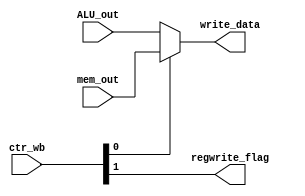
`timescale 1ns / 1ps
//////////////////////////////////////////////////////////////////////////////////
// Company: 
// Engineer: 
// 
// Design Name: 
// Module Name: writeback
// Project Name: 
// Target Devices: 
// Tool Versions: 
// Description: 
// 
// Dependencies: 
// 
// Revision:
// Revision 0.01 - File Created
// Additional Comments:
// 
//////////////////////////////////////////////////////////////////////////////////


module writeback(
input wire [1:0]        ctr_wb,
input wire [31:0]       mem_out,
input wire [31:0]       ALU_out,
output wire [31:0]      write_data,
output wire             regwrite_flag
    );
    
    wire memtoReg_flag;
    assign memtoReg_flag = ctr_wb[0];
    assign regwrite_flag = ctr_wb[1];
    
    assign write_data = (memtoReg_flag) ? mem_out : ALU_out;
  
endmodule